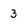
Character: 3